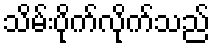
သိမ်းပိုက်လိုက်သည်